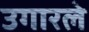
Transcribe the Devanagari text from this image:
उगारले